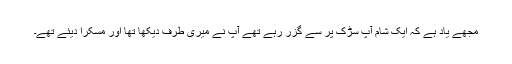
مجھے یاد ہے کہ ایک شام آپ سڑک پر سے گزر رہے تھے آپ نے میری طرف دیکھا تھا اور مسکرا دیئے تھے۔